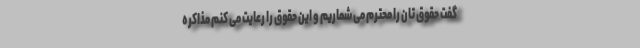
گفت حقوق تان را محترم می شماریم و این حقوق را رعایت می کنم مذاکره